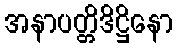
အနာပတ္တိဒိဋ္ဌိနော